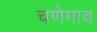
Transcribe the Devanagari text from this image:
चणेगाव